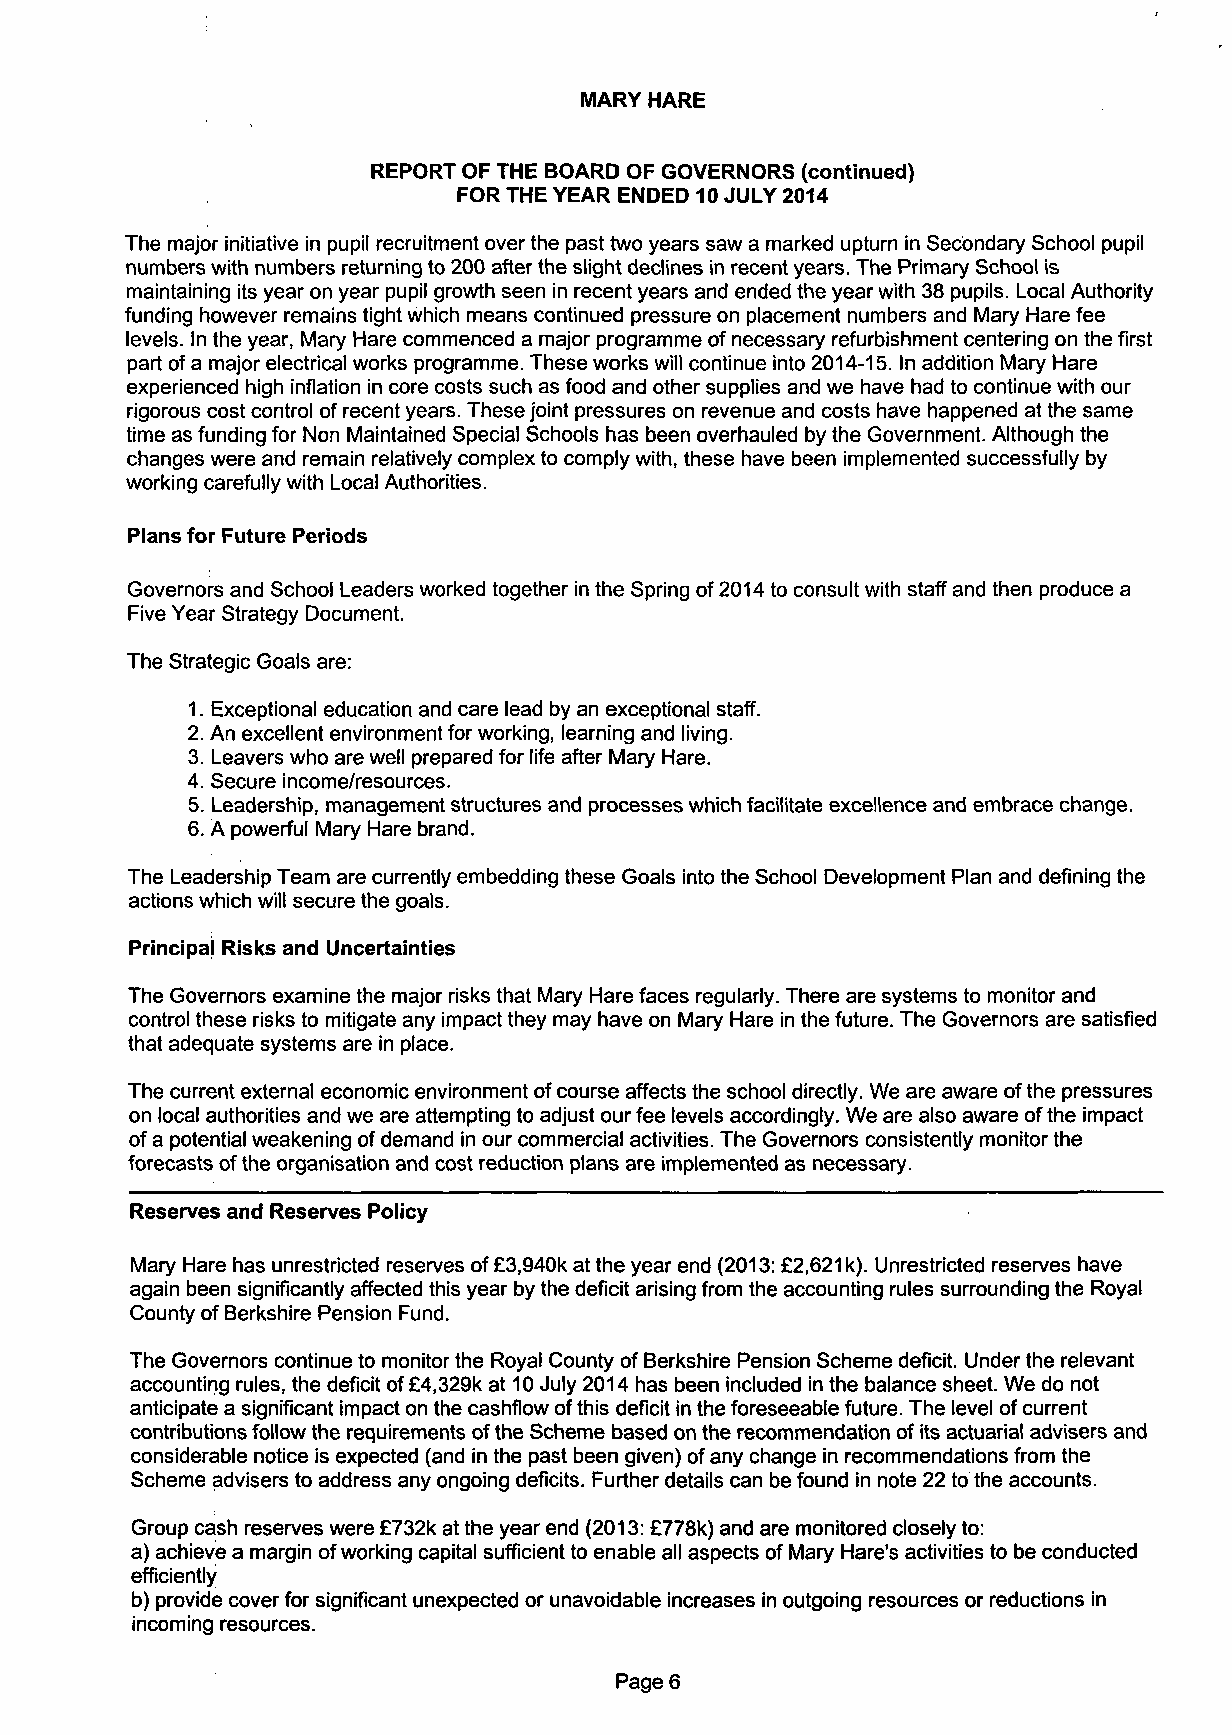
MARY HARE
 REPORT OF THE BOARD OF GOVERNORS (continued)
 FOR THE YEAR ENDED 10 JULY 2014
 The major initiative in pupil recruitment over the past two years saw a marked upturn in Secondary School pupil
 numbers with numbers returning to 200 after the slight declines in recent years. The Primary School is
 maintaining its year on year pupil growth seen in recent years and ended the year with 38 pupils. Local Authority
 funding however remains tight which means continued pressure on placement numbers and Mary Hare fee
 levels. In the year, Mary Hare commenced a major programme of necessary refurbishment centering on the first
 part of a major electrical works programme. These works will continue into 2014-15. In addition Mary Hare
 experienced high inflation in core costs such as food and other supplies and we have had to continue with our
 rigorous cost control of recent years. These joint pressures on revenue and costs have happened at the same
 time as funding for Non Maintained Special Schools has been overhauled by the Government. Although the
 changes were and remain relatively complex to comply with, these have been implemented successfully by
 working carefully with Local Authorities.
 Plans for Future Periods
 Governors and School Leaders worked together in the Spring of 2014 to consult with staff and then produce a
 Five Year Strategy Document.
 The Strategic Goals are:
 1. Exceptional education and care lead by an exceptional staff.
 2. An excellent environment for working, learning and living.
 3. Leavers who are well prepared for life after Mary Hare.
 4. Secure income/resources.
 5. Leadership, management structures and processes which facilitate excellence and embrace change.
 6. A powerful Mary Hare brand.
 The Leadership Team are currently embedding these Goals into the School Development Plan and defining the
 actions which will secure the goals.
 Principal Risks and Uncertainties
 The Governors examine the major risks that Mary Hare faces regularly. There are systems to monitor and
 control these risks to mitigate any impact they may have on Mary Hare in the future. The Governors are satisfied
 that adequate systems are in place.
 The current external economic environment of course affects the school directly. We are aware of the pressures
 on local authorities and we are attempting to adjust our fee levels accordingly. We are also aware of the impact
 of a potential weakening of demand in our commercial activities. The Governors consistently monitor the
 forecasts of the organisation and cost reduction plans are implemented as necessary.
 Reserves and Reserves Policy
 Mary Hare has unrestricted reserves of £3,940k at the year end (2013: £2,621 k). Unrestricted reserves have
 again been significantly affected this year by the deficit arising from the accounting rules surrounding the Royal
 County of Berkshire Pension Fund.
 The Governors continue to monitor the Royal County of Berkshire Pension Scheme deficit. Under the relevant
 accounting rules, the deficit of £4,329k at 10 July 2014 has been included in the balance sheet. We do not
 anticipate a significant impact on the cashflow of this deficit in the foreseeable future. The level of current
 contributions follow the requirements of the Scheme based on the recommendation of its actuarial advisers and
 considerable notice is expected (and in the past been given) of any change in recommendations from the
 Scheme advisers to address any ongoing deficits. Further details can be found in note 22 to the accounts.
 Group cash reserves were £732k at the year end (2013: £778k) and are monitored closely to:
 a) achieve a margin of working capital sufficient to enable all aspects of Mary Hare's activities to be conducted
 efficiently
 b) provide cover for significant unexpected or unavoidable increases in outgoing resources or reductions in
 incoming resources.
 Page 6